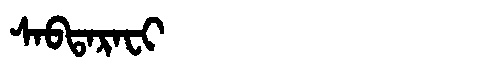
Manchu: ᠰᠠᠪᡨᠠᡵᠠᠸᡳ
Romanization: SABTARAFI